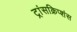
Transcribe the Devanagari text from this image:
ट्रांसक्रिप्शंस